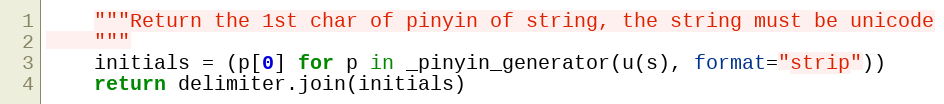
Language: Python
    """Return the 1st char of pinyin of string, the string must be unicode
    """
    initials = (p[0] for p in _pinyin_generator(u(s), format="strip"))
    return delimiter.join(initials)